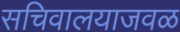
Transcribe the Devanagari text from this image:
सचिवालयाजवळ